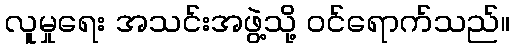
လူမှုရေး အသင်းအဖွဲ့သို့ ဝင်ရောက်သည်။